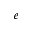
e